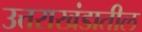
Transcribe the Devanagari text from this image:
उत्तराखंडातील